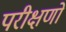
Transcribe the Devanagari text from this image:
परीक्षणो